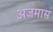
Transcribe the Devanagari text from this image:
अजमास